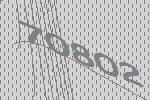
70802